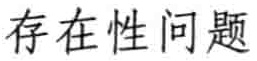
存在性问题